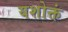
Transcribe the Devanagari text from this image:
यशोक्तं